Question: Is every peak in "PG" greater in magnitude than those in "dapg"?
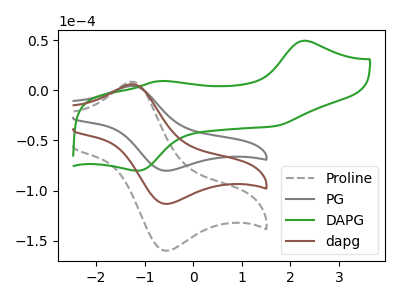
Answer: <think>The gray dashed curve "Proline" has an anodic peak at (-1.25V, 11.95uA) and a cathodic peak at (-0.60V, -226.55uA). The gray curve "PG" has an anodic peak at (-1.25V, 4.25uA) and a cathodic peak at (-0.60V, -80.20uA). The green curve "DAPG" has anodic peaks at (2.30V, 49.35uA) (-0.70V, 9.05uA) and cathodic peaks at (1.65V, -35.90uA) (-1.15V, -80.30uA). The brown curve "dapg" has an anodic peak at (-1.25V, 6.00uA) and a cathodic peak at (-0.60V, -113.30uA).</think>
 <answer>Every peak in "PG" is lower than every peak in "dapg".</answer>
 <eval>lower</eval>